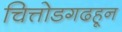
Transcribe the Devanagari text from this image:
चित्तोडगढहून